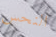
النحس